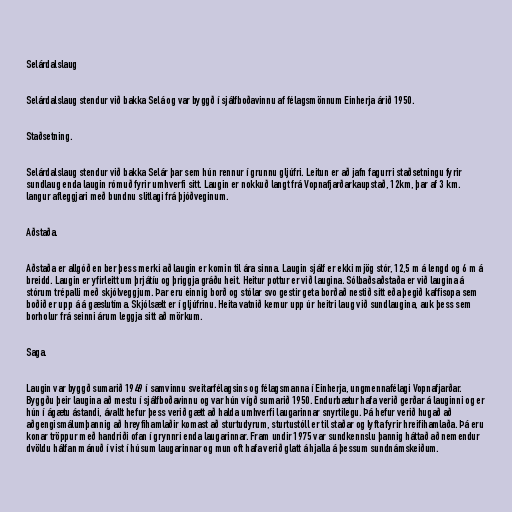
Selárdalslaug

Selárdalslaug stendur við bakka Selá og var byggð í sjálfboðavinnu af félagsmönnum Einherja árið 1950.

Staðsetning.

Selárdalslaug stendur við bakka Selár þar sem hún rennur í grunnu gljúfri. Leitun er að jafn fagurri staðsetningu fyrir
sundlaug enda laugin rómuð fyrir umhverfi sitt. Laugin er nokkuð langt frá Vopnafjarðarkaupstað, 12km, þar af 3 km.
langur afleggjari með bundnu slitlagi frá þjóðveginum.

Aðstaða.

Aðstaða er allgóð en ber þess merki að laugin er komin til ára sinna. Laugin sjálf er ekki mjög stór, 12,5 m á lengd og 6 m á
breidd. Laugin er yfirleitt um þrjátíu og þriggja gráðu heit. Heitur pottur er við laugina. Sólbaðsaðstaða er við laugina á
stórum trépalli með skjólveggjum. Þar eru einnig borð og stólar svo gestir geta borðað nestið sitt eða þegið kaffisopa sem
boðið er upp á á gæslutíma. Skjólsælt er í gljúfrinu. Heita vatnið kemur upp úr heitri laug við sundlaugina, auk þess sem
borholur frá seinni árum leggja sitt að mörkum.

Saga.

Laugin var byggð sumarið 1949 í samvinnu sveitarfélagsins og félagsmanna í Einherja, ungmennafélagi Vopnafjarðar.
Byggðu þeir laugina að mestu í sjálfboðavinnu og var hún vígð sumarið 1950. Endurbætur hafa verið gerðar á lauginni og er
hún í ágætu ástandi, ávallt hefur þess verið gætt að halda umhverfi laugarinnar snyrtilegu. Þá hefur verið hugað að
aðgengismálumþannig að hreyfihamlaðir komast að sturtudyrum, sturtustóll er til staðar og lyfta fyrir hreifihamlaða. Þá eru
konar tröppur með handriði ofan í grynnri enda laugarinnar. Fram undir 1975 var sundkennslu þannig háttað að nemendur
dvöldu hálfan mánuð í vist í húsum laugarinnar og mun oft hafa verið glatt á hjalla á þessum sundnámskeiðum.